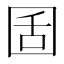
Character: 𡇜